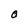
Character: O